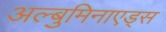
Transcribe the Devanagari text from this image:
अल्बुमिनाएड्स